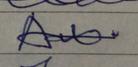
Signature authenticity: forged